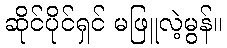
ဆိုင်ပိုင်ရှင် မဖြူလဲ့မွန်။